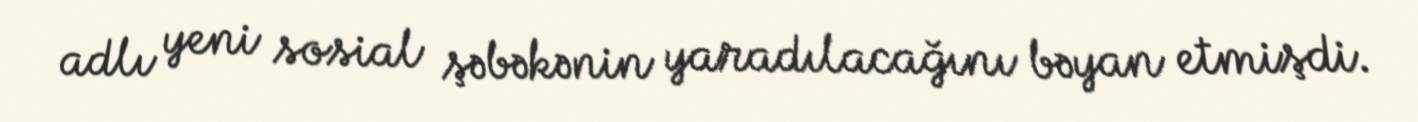
adlı yeni sosial şəbəkənin yaradılacağını bəyan etmişdi.